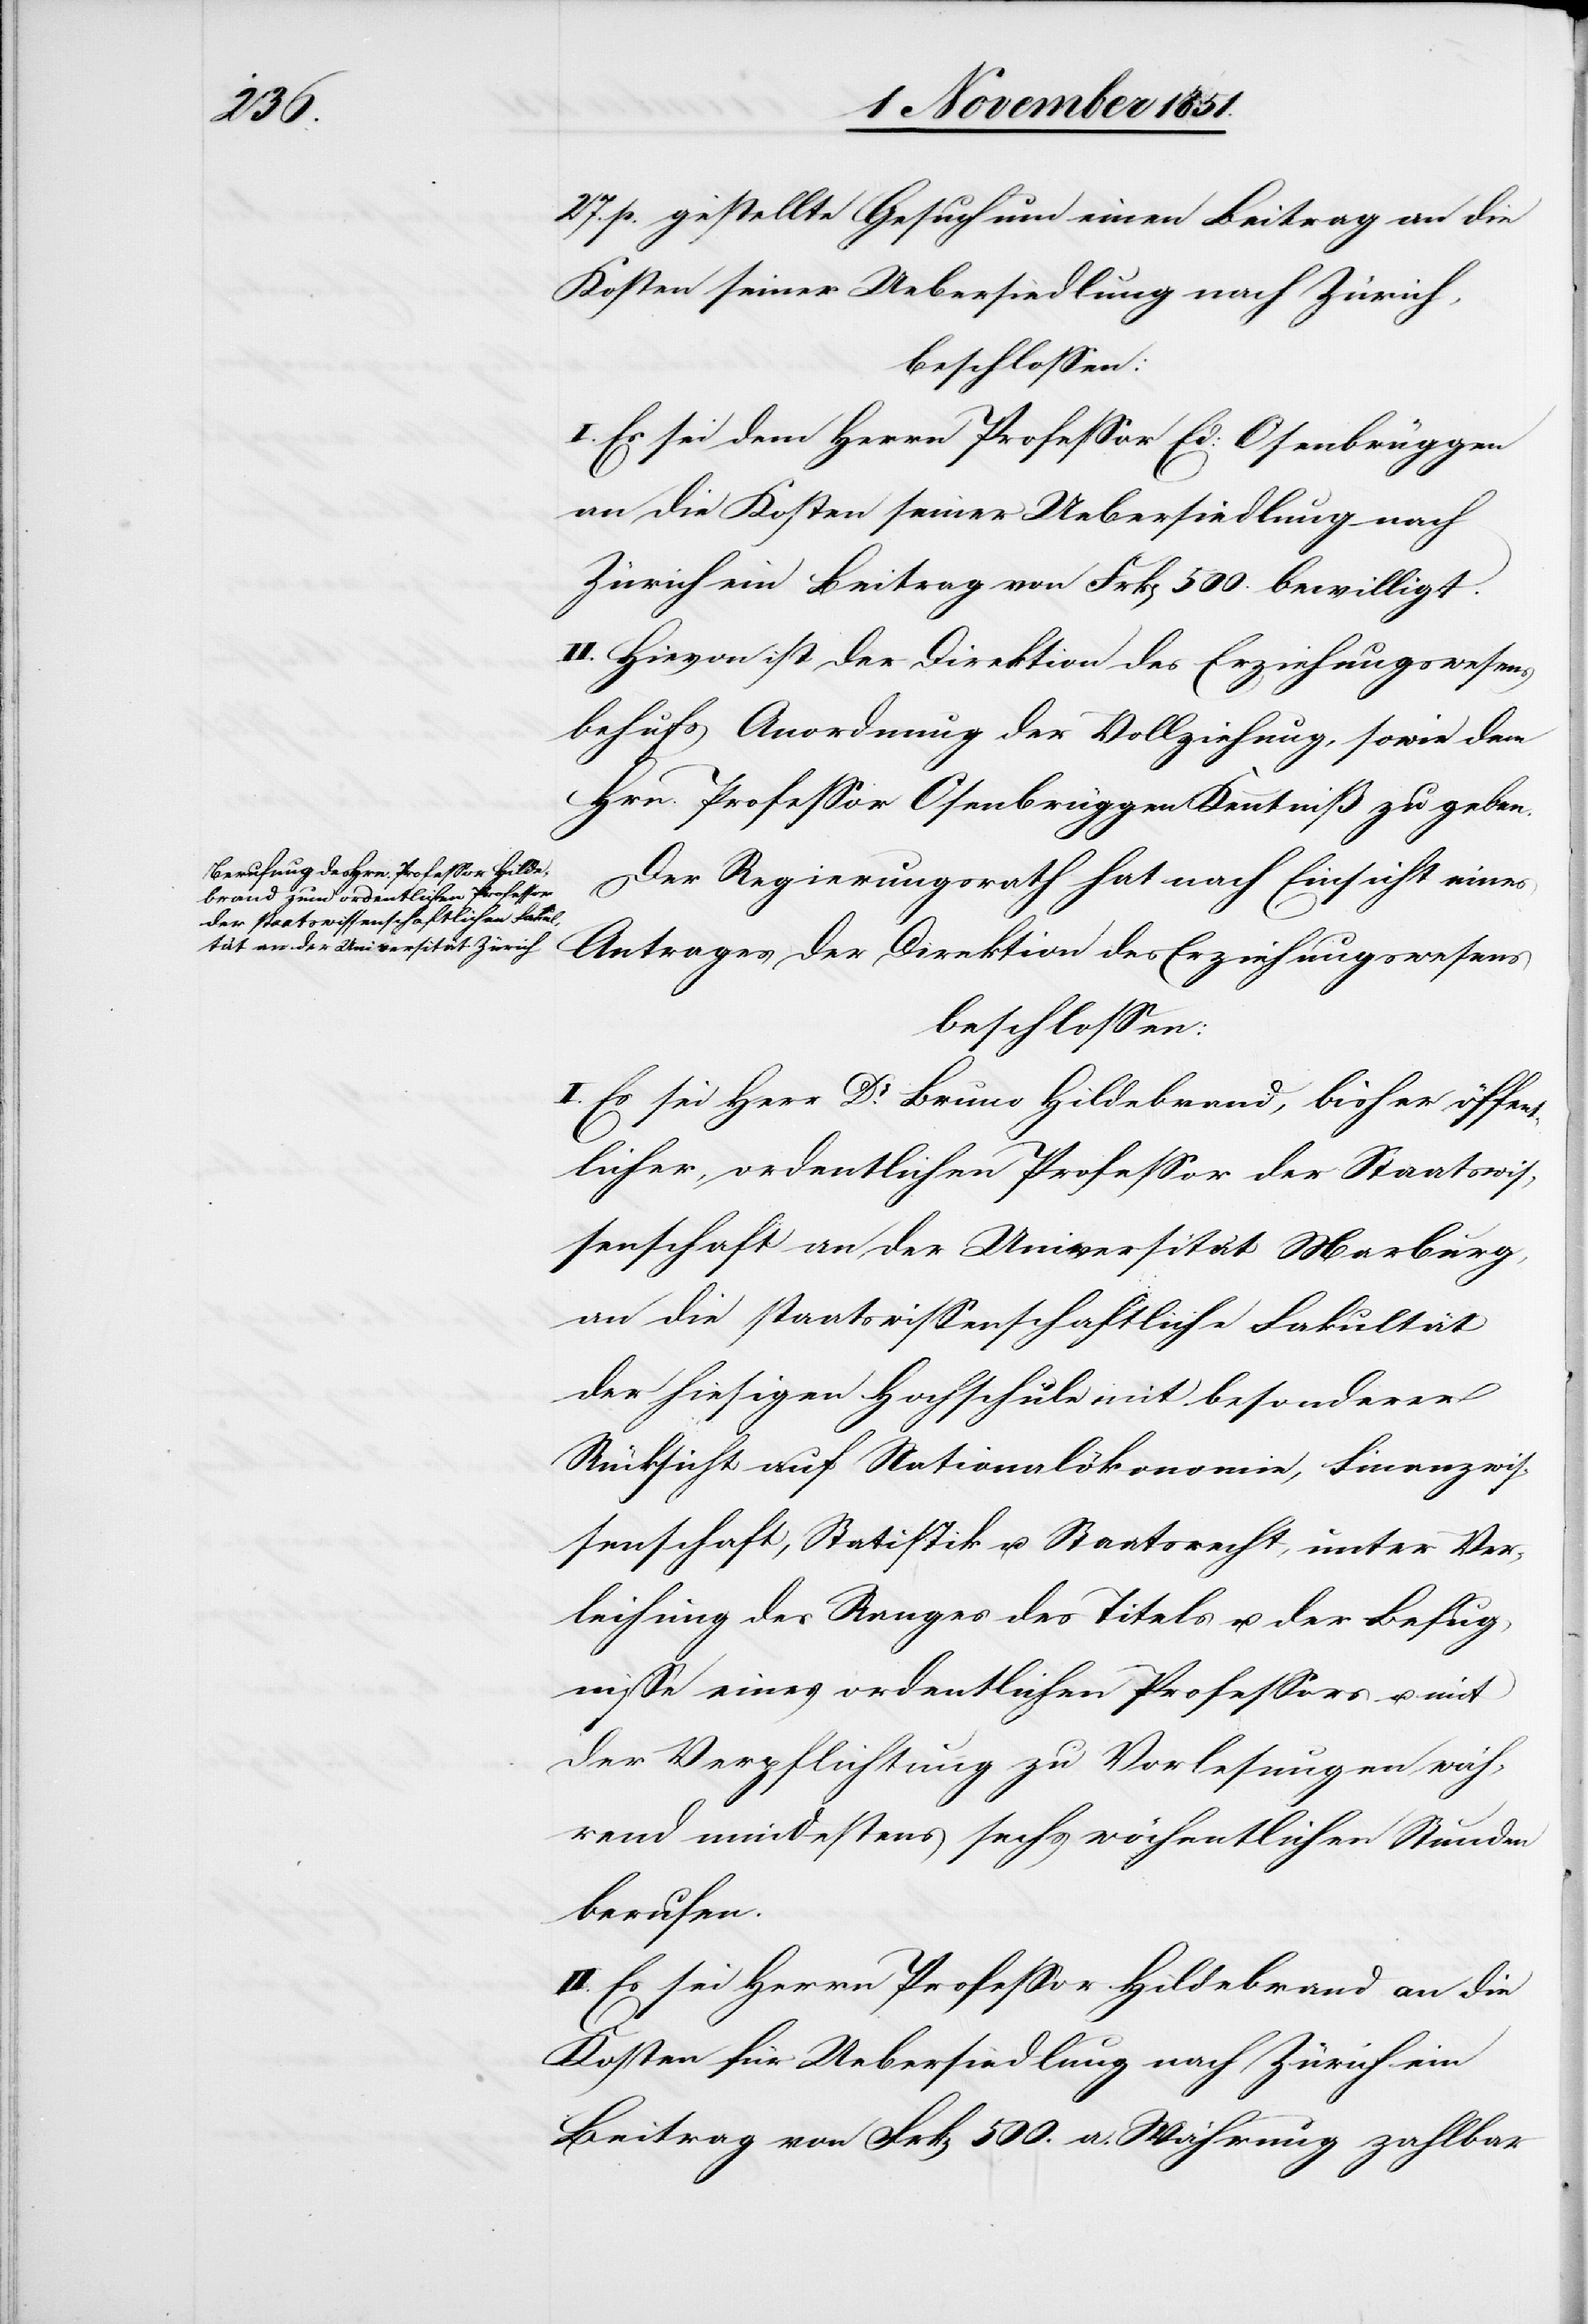
27. p. gestellte Gesuch um einen Beitrag an die
Kosten seiner Uebersiedlung nach Zürich,
beschlossen:
I. Es sei dem Herrn Professor Ed: Osenbrüggen
an die Kosten seiner Uebersiedlung nach
Zürich ein Beitrag von Frk[en] 500. bewilligt.
II. Hievon ist der Direktion des Erziehungswesens
behufs Anordnung der Vollziehung, sowie dem
Hrn. Professor Osenbrüggen Kenntniß zu geben.
Der Regierungsrath hat nach Einsicht eines
Antrages der Direktion des Erziehungswesens
beschlossen:
I. Es sei Herr Dr. Bruno Hildebrand, bisher öffent¬
licher, ordentlichen [sic!] Professor der Staatswis¬
senschaft an der Universität Marburg,
an die staatswissenschaftliche Fakultät
der hiesigen Hochschule mit besonderer
Rücksicht auf Nationalökonomie, Finanzwis¬
senschaft, Statistik u. Staatsrecht, unter Ver¬
leihung des Ranges[,] des Titels u. der Befug¬
nisse eines ordentlichen Professors u. mit
der Verpflichtung zu Vorlesungen wäh¬
rend mindestens sechs wöchentlichen Stunden
berufen.
II. Es sei Herrn Professor Hildebrand an die
Kosten für Uebersiedlung nach Zürich ein
Beitrag von Frk[en] 500. a. Währung zahlbar